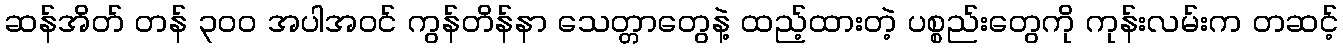
ဆန်အိတ် တန် ၃၀၀ အပါအဝင် ကွန်တိန်နာ သေတ္တာတွေနဲ့ ထည့်ထားတဲ့ ပစ္စည်းတွေကို ကုန်းလမ်းက တဆင့်